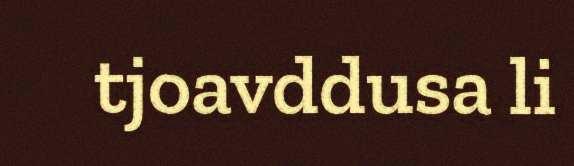
tjoavddusa li